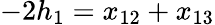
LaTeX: -2h_{1}=x_{12}+x_{13}